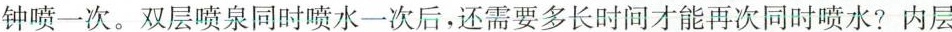
钟喷一次。双层喷泉同时喷水一次后，还需要多长时间才能再次同时喷水?内层